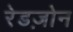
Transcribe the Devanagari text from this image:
रेडज़ोन